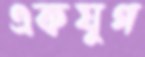
একযুগ